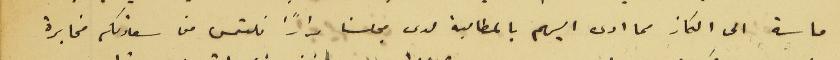
ماسة الى الكاز مما ادى اليهم بالمطالبة لدى مجلسنا مرارًا نلتمس من سعادتكم مخابرة